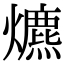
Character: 爊